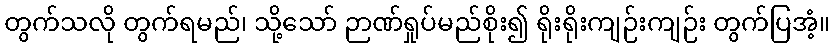
တွက်သလို တွက်ရမည်၊ သို့သော် ဉာဏ်ရှုပ်မည်စိုး၍ ရိုးရိုးကျဉ်းကျဉ်း တွက်ပြအံ့။